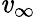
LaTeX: \mathit{v}_{\infty}\,